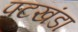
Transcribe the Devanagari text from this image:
पटखंडा